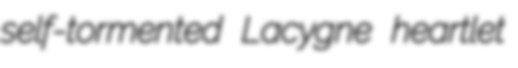
self-tormented Lacygne heartlet